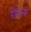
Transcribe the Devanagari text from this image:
रीगन्स